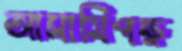
আসামিপক্ষ